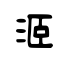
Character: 洍